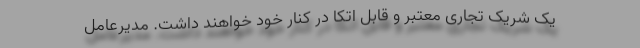
یک شریک تجاری معتبر و قابل اتکا در کنار خود خواهند داشت. مدیرعامل